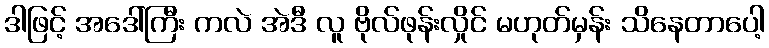
ဒါဖြင့် အဒေါ်ကြီး ကလဲ အဲဒီ လူ ဗိုလ်ဖုန်းလှိုင် မဟုတ်မှန်း သိနေတာပေါ့